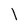
Character: l